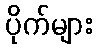
ပိုက်များ